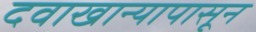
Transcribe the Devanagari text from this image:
दवाखान्यापासून